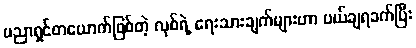
ပညာရှင်တယောက်ဖြစ်တဲ့ လုစ်ရဲ့ ရေးသားချက်များဟာ ပယ်ချရခက်ပြီး